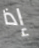
إذا